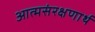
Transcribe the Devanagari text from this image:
आत्मसंरक्षणार्थ